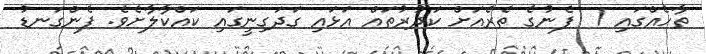
ތާހެއްގައި 1  ފެނުގެ ތެރެއަށް ކަދުރުތައް އަޅައި ގަދަގިނީގައި ކައްކާލާށެވެ. ފެންގަނޑު